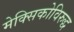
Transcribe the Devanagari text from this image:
मेक्सिकोविरुद्ध